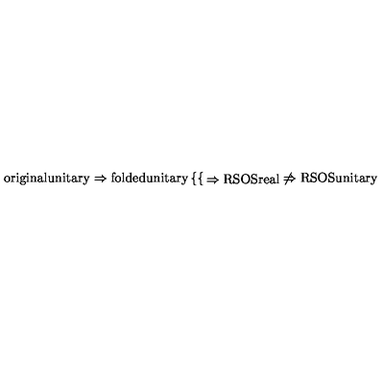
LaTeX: \mathrm { o r i g i n a l u n i t a r y } \Rightarrow \mathrm { f o l d e d u n i t a r y } \left\{ \begin{cases} { \Rightarrow \mathrm { R S O S r e a l } } \\ { \not \Rightarrow \mathrm { R S O S u n i t a r y } } \\ \end{cases} \right.